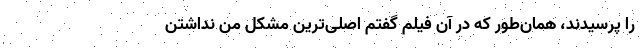
را پرسیدند، همان‌طور که در آن فیلم گفتم اصلی‌ترین مشکل من نداشتن